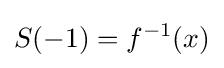
S(-1)=f^{-1}(x)